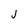
Character: j